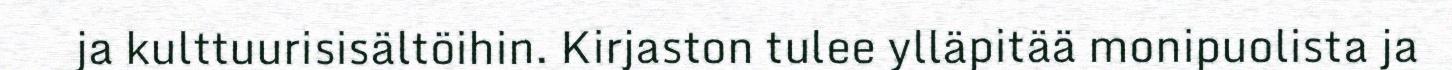
ja kulttuurisisältöihin. Kirjaston tulee ylläpitää monipuolista ja